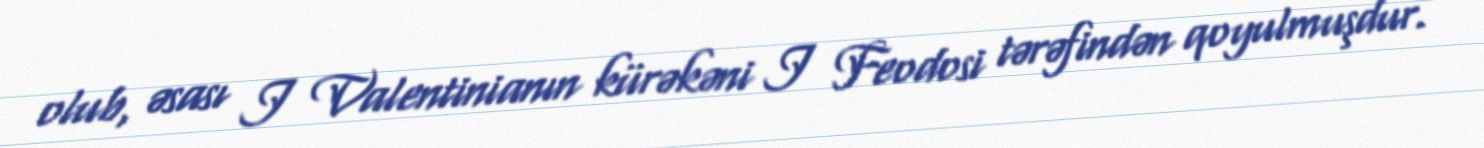
olub, əsası I Valentinianın kürəkəni I Feodosi tərəfindən qoyulmuşdur.